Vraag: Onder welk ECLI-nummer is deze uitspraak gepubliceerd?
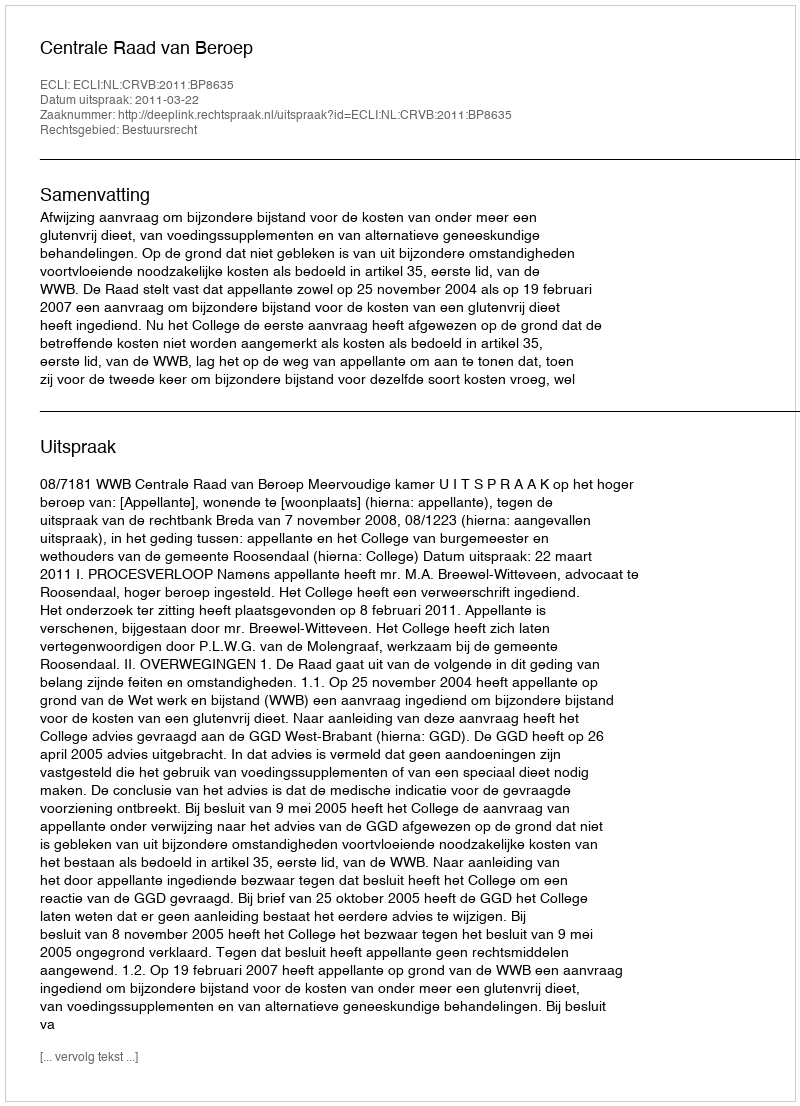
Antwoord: ECLI:NL:CRVB:2011:BP8635